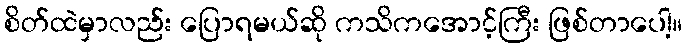
စိတ်ထဲမှာလည်း ပြောရမယ်ဆို ကသိကအောင့်ကြီး ဖြစ်တာပေါ့။